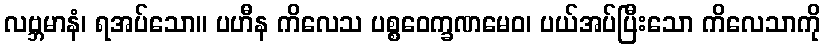
လဗ္ဘမာနံ၊ ရအပ်သော။ ပဟီန ကိလေသ ပစ္စဝေက္ခဏမေဝ၊ ပယ်အပ်ပြီးသော ကိလေသာကို